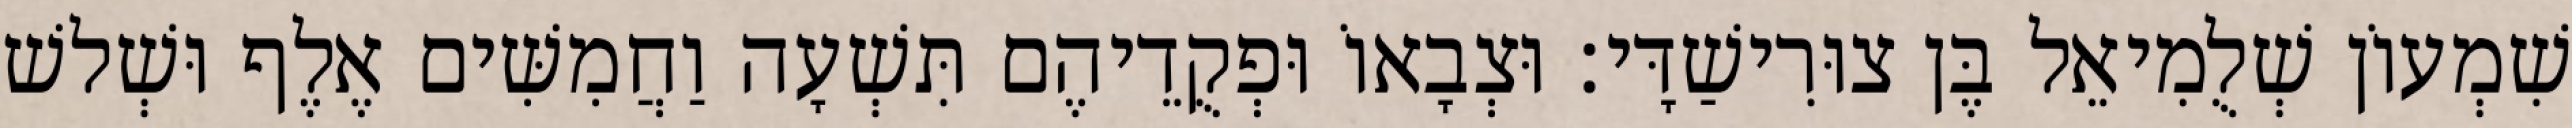
שִׁמְעוֹן שְׁלֻמִיאֵל בֶּן צוּרִישַׁדָּי׃ וּצְבָאוֹ וּפְקֻדֵיהֶם תִּשְׁעָה וַחֲמִשִּׁים אֶלֶף וּשְׁלשׁ